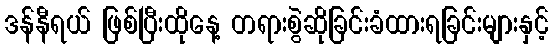
ဒန်နီရယ် ဖြစ်ပြီးထိုနေ့ တရားစွဲဆိုခြင်းခံထားရခြင်းများနှင့်